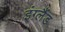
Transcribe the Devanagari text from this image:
इंग़्लैंड